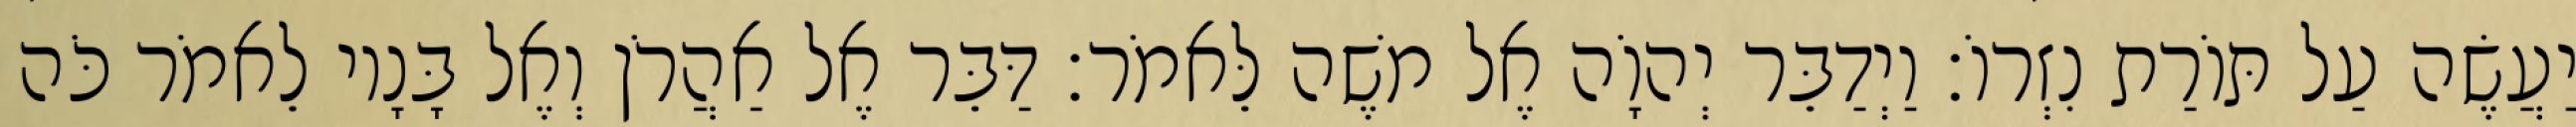
יַעֲשֶׂה עַל תּוֹרַת נִזְרוֹ׃ וַיְדַבֵּר יְהוָֹה אֶל משֶׁה לֵּאמֹר׃ דַּבֵּר אֶל אַהֲרֹן וְאֶל בָּנָיו לֵאמֹר כֹּה